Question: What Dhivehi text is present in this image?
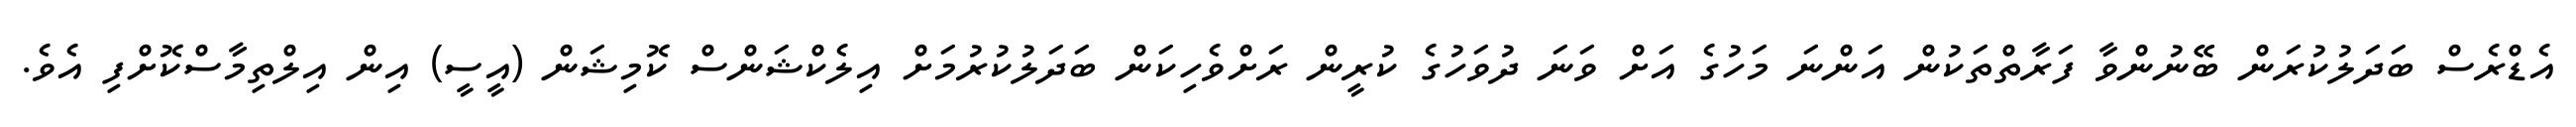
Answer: އެޑްރެސް ބަދަލުކުރަން ބޭނުންވާ ފަރާތްތަކުން އަންނަ މަހުގެ އަށް ވަނަ ދުވަހުގެ ކުރީން ރަށްވެހިކަން ބަދަލުކުރުމަށް އިލެކްޝަންސް ކޮމިޝަން (އީސީ) އިން އިލްތިމާސްކޮށްފި އެވެ.